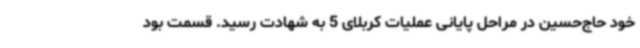
خود حاج‌حسین در مراحل پایانی عملیات کربلای 5 به شهادت رسید. قسمت بود